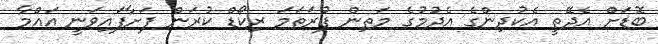
ބޮޑަށް އެދޭތީ އެކުދިންގެ އެދުމުގެ މަތިން ފުރަތަމަ ރިކޯޑް ކުރަން ފަށާފައިވަނީ އައްމާ